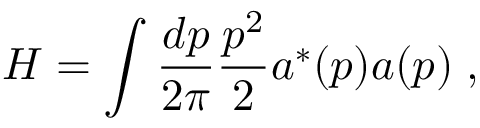
H = \int { \frac { d p } { 2 \pi } } { \frac { p ^ { 2 } } { 2 } } a ^ { * } ( p ) a ( p ) \; ,